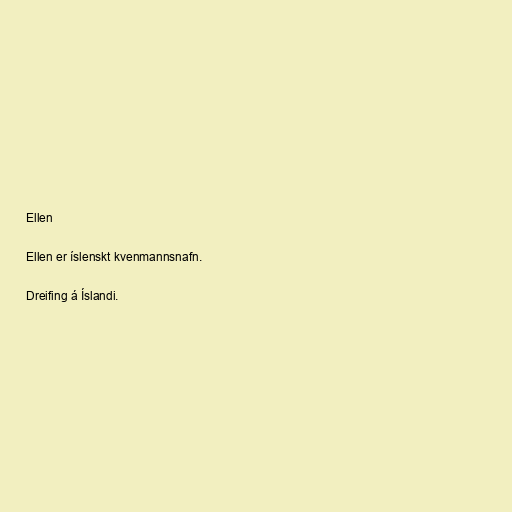
Ellen

Ellen er íslenskt kvenmannsnafn.

Dreifing á Íslandi.